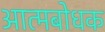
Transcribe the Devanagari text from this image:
आत्मबोधक